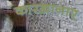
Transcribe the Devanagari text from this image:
कारख़ानाए